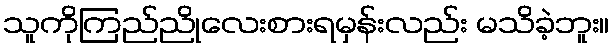
သူကိုကြည်ညိုလေးစားရမှန်းလည်း မသိခဲ့ဘူး။